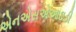
એનએસએઆઇડી